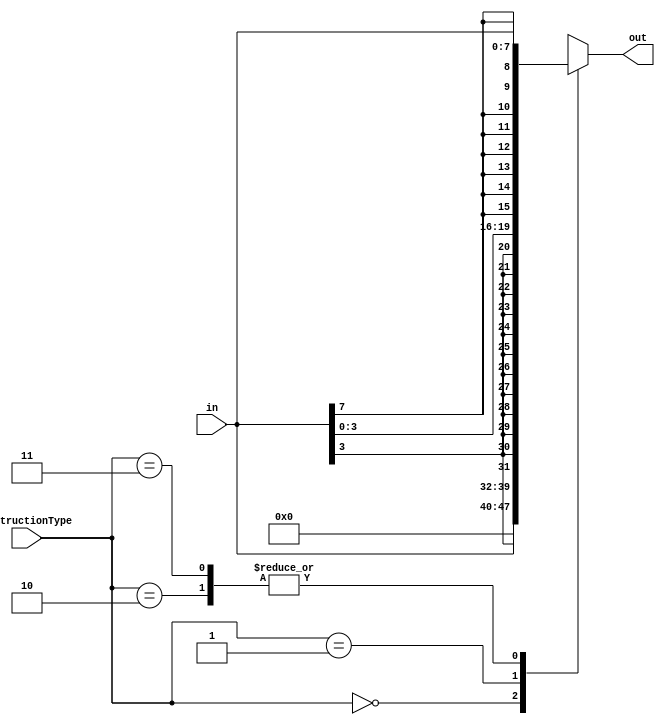
//////////////////////////////////////////////////////////////////////////////////
// Company: 
// Engineer: 
// 
// Design Name: 
// Module Name: signExtender
// Project Name: 
// Target Devices: 
// Tool Versions: 
// Description: 
// 
// Dependencies: 
// 
// Revision:
// Revision 0.01 - File Created
// Additional Comments:
// 
//////////////////////////////////////////////////////////////////////////////////



module signExtender(
    input [7:0] in,
    output reg [15:0] out,
    input [1:0] instructionType
    );
    
        ////////Instruction Types////////////
    //      00 = R-type
    //      01 = Memory-type
    //      10 = Immediate-type
    //      11 = Branch-type
    
always @ (*)
begin
    case(instructionType)
        2'b00 : out = in;  //doesn't matter, no R-type uses sign extension
        2'b01 : out = { {12{in[3]}}, in[3:0]};   
        2'b10 : out = { {8{in[7]}}, in[7:0]}; 
        2'b11 : out = { {8{in[7]}}, in[7:0]}; 
    endcase
        
end
    
    
endmodule